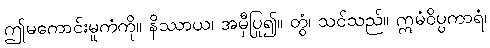
ဤမကောင်းမှုကံကို။ နိဿာယ၊ အမှီပြု၍။ တွံ၊ သင်သည်။ ဣမံဝိပ္ပကာရံ၊